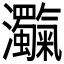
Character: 𤅴